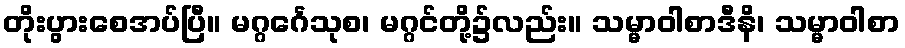
တိုးပွားစေအပ်ပြီ။ မဂ္ဂင်္ဂေသုစ၊ မဂ္ဂင်တို့၌လည်း။ သမ္မာဝါစာဒီနိ၊ သမ္မာဝါစာ